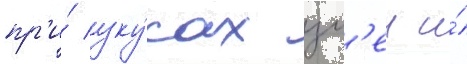
пр'и́ уку́сах зм'еи и́